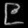
Digit: ၉